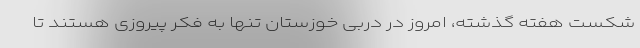
شکست هفته گذشته، امروز در دربی خوزستان تنها به فکر پیروزی هستند تا